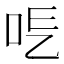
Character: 𠰆